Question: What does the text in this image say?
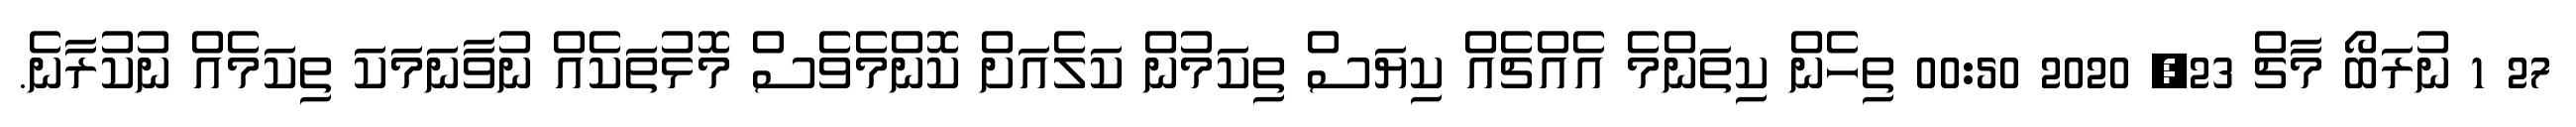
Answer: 27 1 ނުރަބޯ މާޗް 23, 2020 00:50 ތިހެން ކިތަންމެ އެއްޗެއް ކިޔަސް ތިކަމުން ކަލެއަށް ކޮންމެވެސް މޮޅުތަކެއް ނުވާނަމަކަ ތިކަމެއް ނުކުރާނެ.